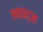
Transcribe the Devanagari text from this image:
ह्वाइट्स